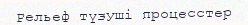
Рельеф түзуші процесстер